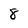
Character: 8